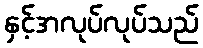
နှင့်အလုပ်လုပ်သည်